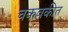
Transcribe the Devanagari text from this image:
चकवकीत